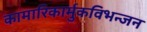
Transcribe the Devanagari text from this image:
कामारिकार्मुकविभन्जन